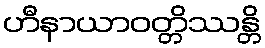
ဟီနာယာဝတ္တိဿန္တိ